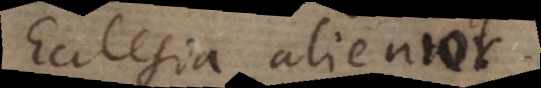
Ecclesia alienior.